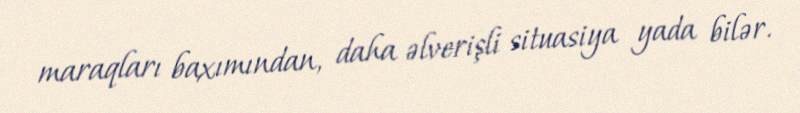
maraqları baxımından, daha əlverişli situasiya yada bilər.